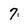
Character: 7